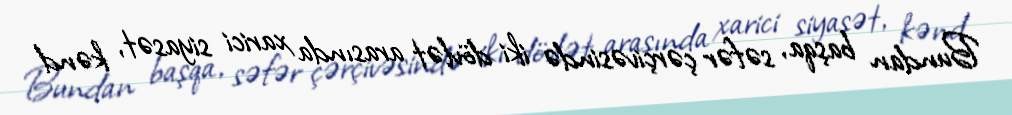
Bundan başqa, səfər çərçivəsində iki dövlət arasında xarici siyasət, kənd